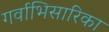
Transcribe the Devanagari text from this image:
गर्वाभिसारिका